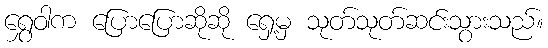
ရွှေဝါက ပြောပြောဆိုဆို ရှေ့မှ သုတ်သုတ်ဆင်းသွားသည်။